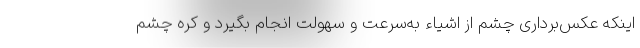
اینکه عکس‌برداری چشم از اشیاء به‌سرعت و سهولت انجام بگیرد و کره چشم